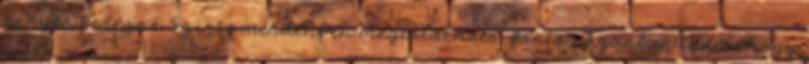
kenyér fedezné. Szinte mindenben megtalálható, fontos azonban tudni, hogy